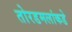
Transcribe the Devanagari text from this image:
तोरडमलांकडे